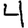
Digit: 4